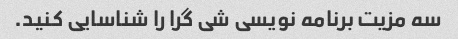
سه مزیت برنامه نویسی شی گرا را شناسایی کنید.